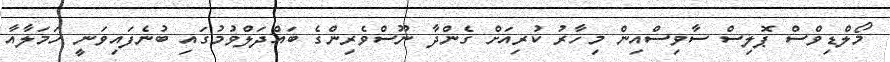
މޯލްޑިވްސް ޕޮލިސް ސާވިސްއިން މިހާރު ކުރިއަށް ގެންދާ ނޫސްވެރިންގެ ބައްދަލްވުމުގައި ބުނެފައިވަނީ ހަމަލާއާ